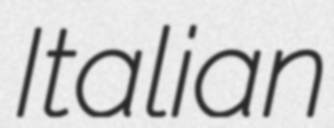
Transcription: Italian